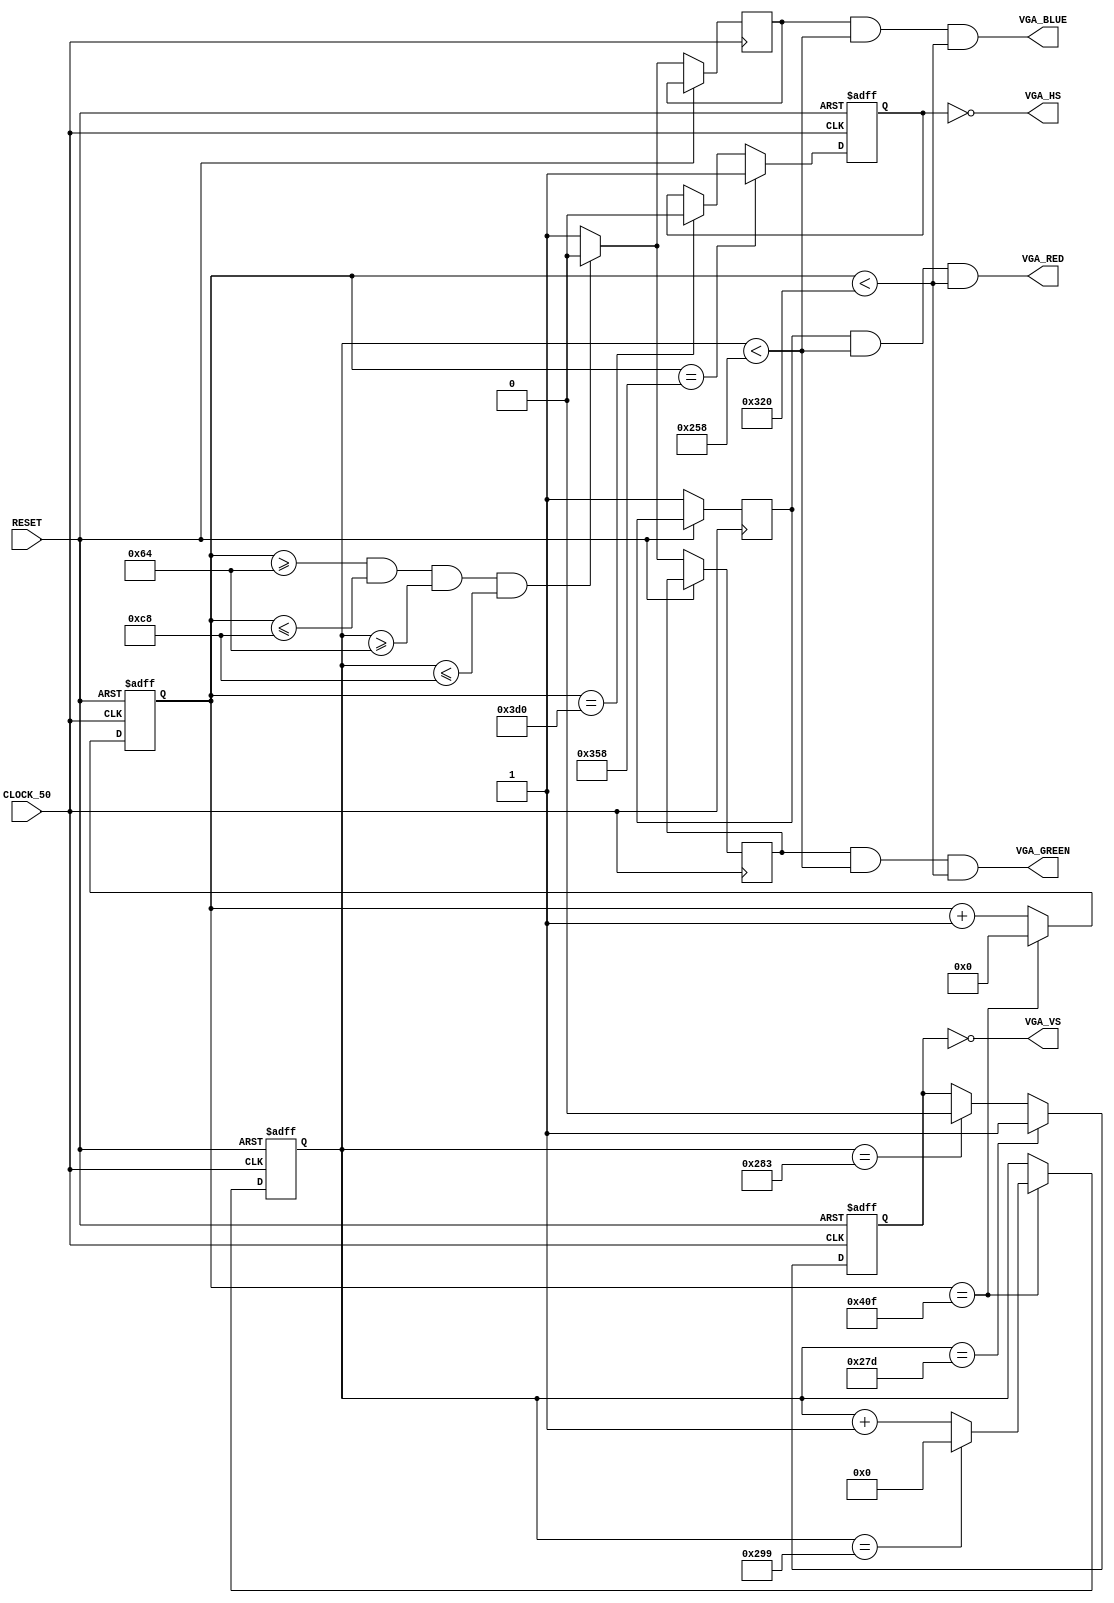
module vga_demo_3
    (
        CLOCK_50,
        RESET,
        VGA_RED,
        VGA_GREEN,
        VGA_BLUE,
        VGA_HS,
        VGA_VS
    );
    input CLOCK_50;
    input RESET;
    output VGA_RED;
    output VGA_GREEN;
    output VGA_BLUE;
    output VGA_HS;
    output VGA_VS;
    reg [10:0] hor_reg; 
    reg hor_sync;
    wire hor_max = (hor_reg == 1039); 
    reg [9:0] ver_reg; 
    reg ver_sync;
    reg red, green, blue;
    wire ver_max = (ver_reg == 665); 
    always @ (posedge CLOCK_50 or posedge RESET) begin
        if (RESET) begin 
            hor_reg <= 0;
            ver_reg <= 0;
        end
        else if (hor_max) begin
            hor_reg <= 0;
            if (ver_max)
                ver_reg <= 0;
            else
            ver_reg <= ver_reg + 1;
        end else
            hor_reg <= hor_reg + 1;
    end
    always @ (posedge CLOCK_50 or posedge RESET) begin
        if (RESET) begin 
            hor_sync <= 0;
            ver_sync <= 0;
        end
        else begin
            if (hor_reg == 856)      
                hor_sync <= 1;       
            else if (hor_reg == 976) 
                hor_sync <= 0;       
            if (ver_reg == 637)      
                ver_sync <= 1;       
            else if (ver_reg == 643) 
                ver_sync <= 0;       
            if (hor_reg >= 100 && hor_reg <= 200 && ver_reg >= 100 && ver_reg <= 200) begin
                red <= 1;
                green <= 0;
                blue <= 0;
            end 
            else begin
                red <= 1;
                green <= 1;
                blue <= 1;
            end
        end
    end
    assign VGA_HS = ~hor_sync;
    assign VGA_VS = ~ver_sync;
    assign VGA_RED =  red && ver_reg < 600 && hor_reg < 800;
    assign VGA_GREEN = green && ver_reg < 600 && hor_reg < 800;
    assign VGA_BLUE = blue && ver_reg < 600 && hor_reg < 800;    
endmodule